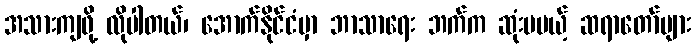
အသားကျဖို့ လိုပါတယ်၊ အောက်နိုင်ငံမှာ ဘာသာရေး ဘက်က ဆုံးမမယ့် ဆရာတော်များ